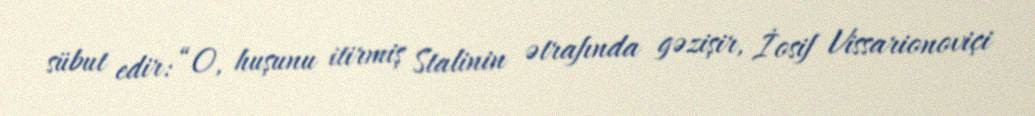
sübut edir: “O, huşunu itirmiş Stalinin ətrafında gəzişir, İosif Vissarionoviçi